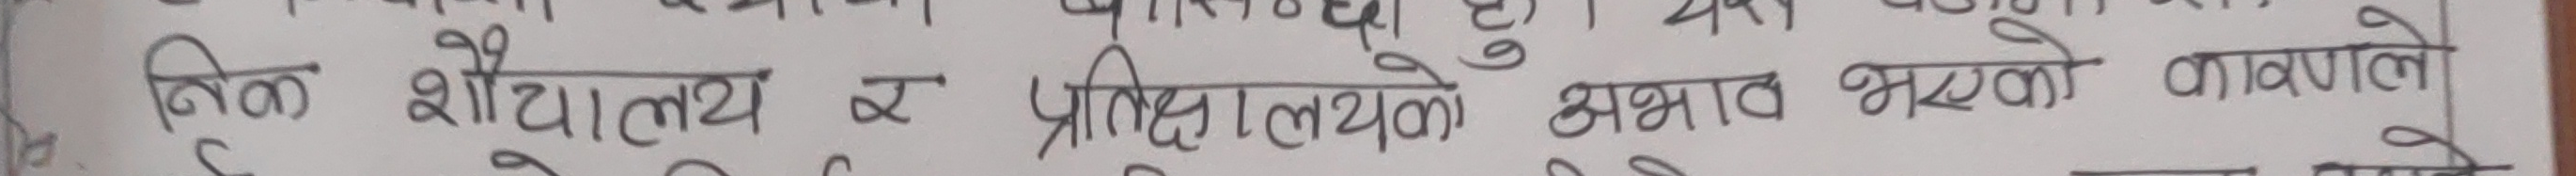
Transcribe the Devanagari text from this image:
तिन शौचालय र प्रतिक्षालयको अभाव भएको वातावरण